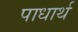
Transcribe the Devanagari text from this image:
पाधार्थ